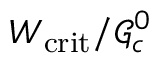
W _ { \mathrm { c r i t } } / \mathcal { G } _ { c } ^ { 0 }